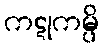
ကဋုကမ္ပိ